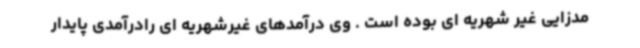
مدزایی غیر شهریه ای بوده است . وی درآمدهای غیرشهریه ای رادرآمدی پایدار